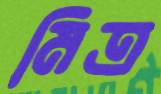
মিত্র